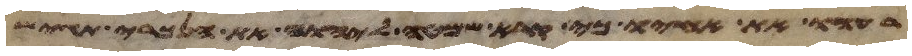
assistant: רעהו את אחיו כי קרא שמטה ליהוה את הנכרי תגש